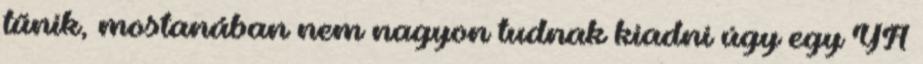
tűnik, mostanában nem nagyon tudnak kiadni úgy egy YA